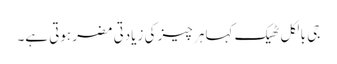
جی بالکل ٹھیک کہا ہر چیز کی زیادتی مضر ہوتی ہے۔